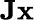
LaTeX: \mathbf{Jx}